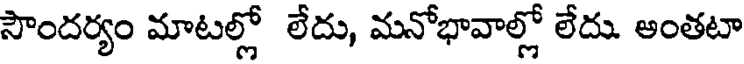
సౌందర్యం మాటల్లో లేదు, మనోభావాల్లో లేదు అంతటా